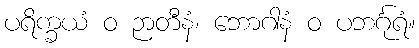
ပရိက္ခယံ ဝ ဉာတီနံ၊ ဘောဂါနံ ဝ ပဘင်္ဂုရံ။